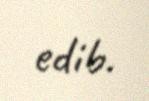
edib.